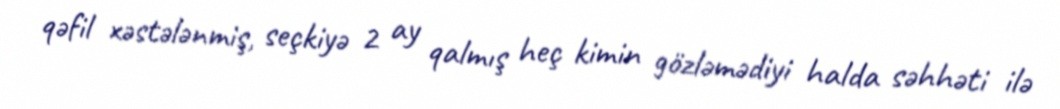
qəfil xəstələnmiş, seçkiyə 2 ay qalmış heç kimin gözləmədiyi halda səhhəti ilə